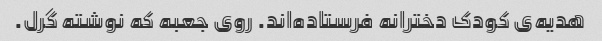
هدیه‌ی کودک دخترانه فرستاده‌اند. روی جعبه که نوشته گرل.